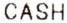
CASH